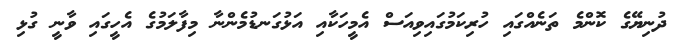
ދުނިޔޭގެ ކޮންމެ ތަނެއްގައި ހުރިކަމުގައިވިއަސް އެމީހަކާއި އަޅުގަނޑުމެންނާ މިފާލަމުގެ އެހީގައި ވާނީ ގުޅި